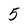
Character: 5